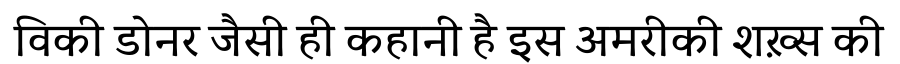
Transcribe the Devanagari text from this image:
विकी डोनर जैसी ही कहानी है इस अमरीकी शख़्स की